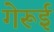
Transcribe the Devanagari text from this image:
गेरूई